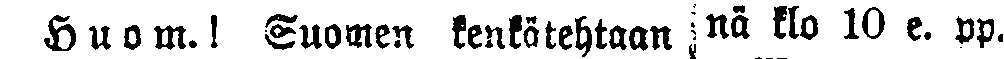
H u o m.! Suomen kenkätehtaan nä klo 10 e. pp.